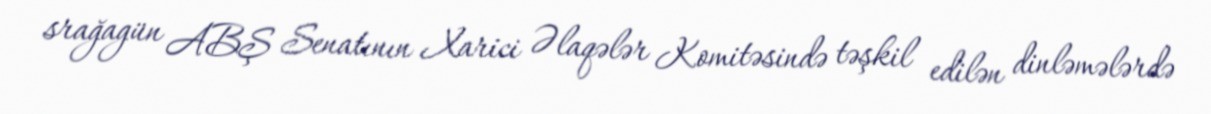
srağagün ABŞ Senatının Xarici Əlaqələr Komitəsində təşkil edilən dinləmələrdə